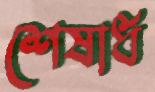
শেষার্ধ